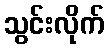
သွင်းလိုက်